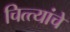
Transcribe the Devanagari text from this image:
चित्त्यांचे